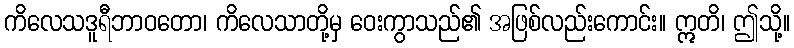
ကိလေသဒူရီဘာဝတော၊ ကိလေသာတို့မှ ဝေးကွာသည်၏ အဖြစ်လည်းကောင်း။ ဣတိ၊ ဤသို့။